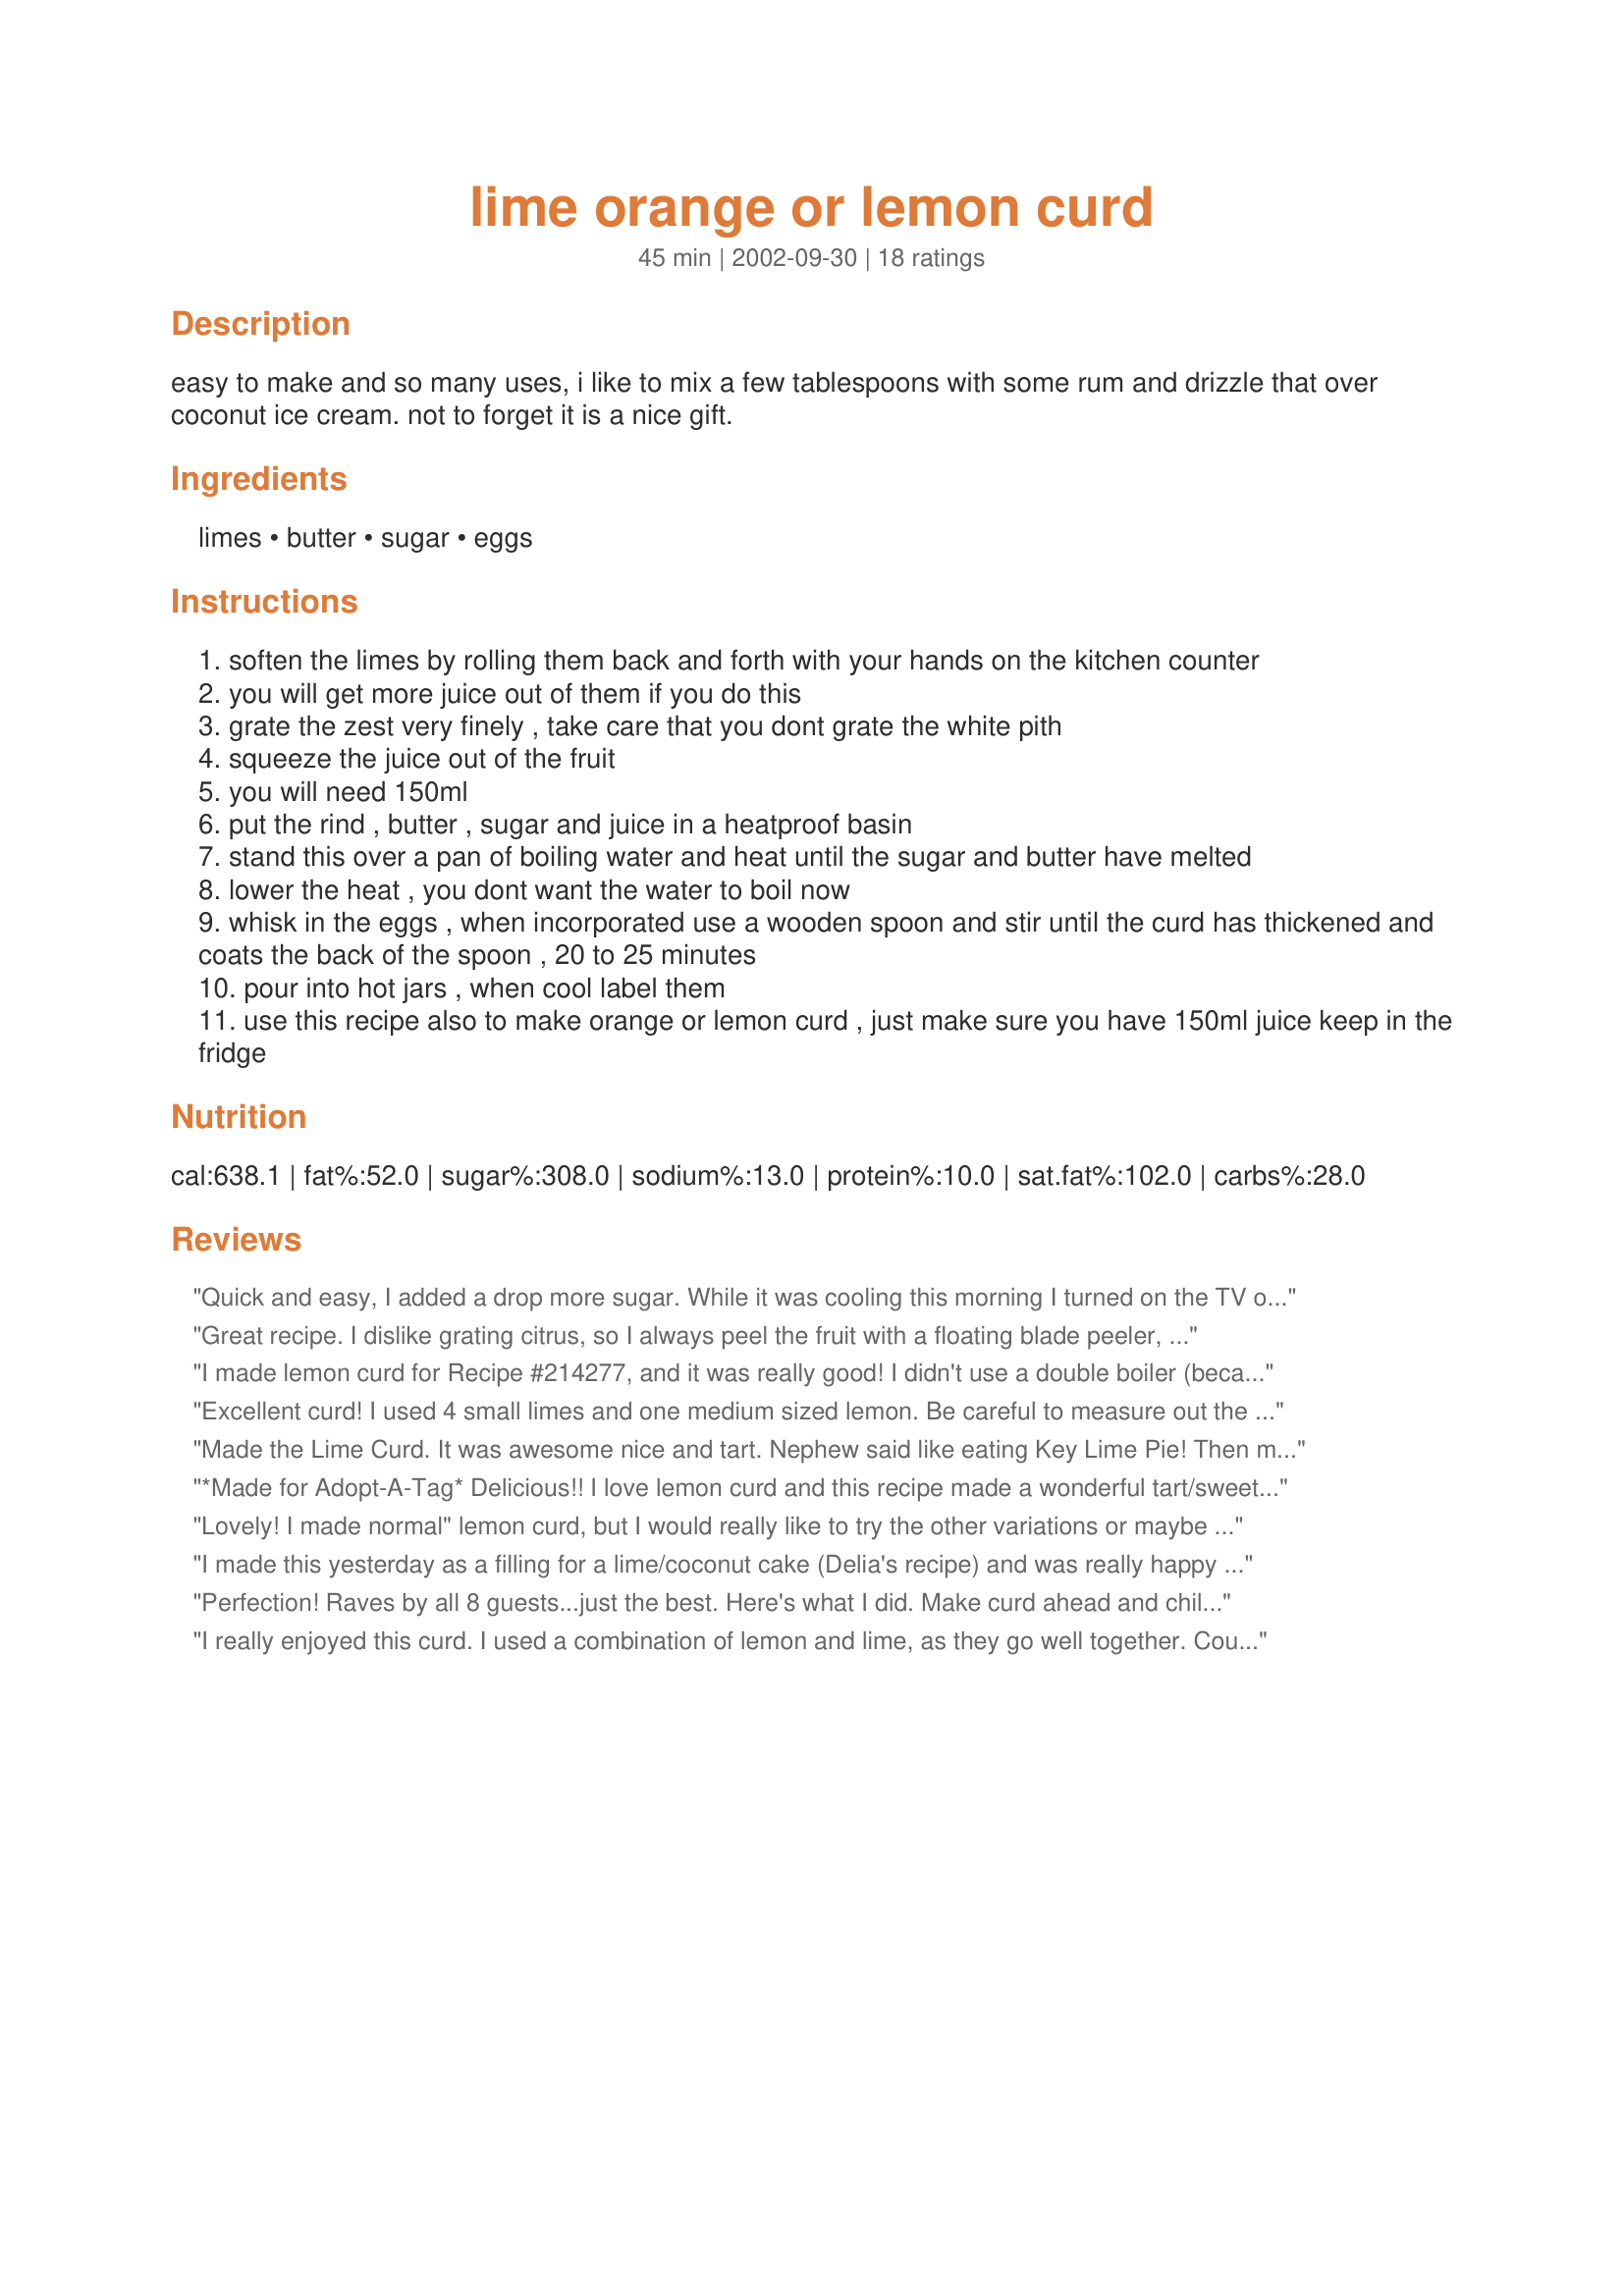
lime orange or lemon curd
Preparation time: 45 minutes

easy to make and so many uses, i like to mix a few tablespoons with some rum and drizzle that over coconut ice cream. not to forget it is a nice gift.

Ingredients:
limes, butter, sugar, eggs

Steps:
soften the limes by rolling them back and forth with your hands on the kitchen counter
you will get more juice out of them if you do this
grate the zest very finely , take care that you dont grate the white pith
squeeze the juice out of the fruit
you will need 150ml
put the rind , butter , sugar and juice in a heatproof basin
stand this over a pan of boiling water and heat until the sugar and butter have melted
lower the heat , you dont want the water to boil now
whisk in the eggs , when incorporated use a wooden spoon and stir until the curd has thickened and coats the back of the spoon , 20 to 25 minutes
pour into hot jars , when cool label them
use this recipe also to make orange or lemon curd , just make sure you have 150ml juice keep in the fridge

Reviews:
Quick and easy, I added a drop more sugar. While it was cooling this morning I turned on the TV only to see Ina Garden making a "Lime curd tart", now I know what to do with my "extras".
Great recipe. I dislike grating citrus, so I always peel the fruit with a floating blade peeler, add the peel and required sugar to the food processor and process until the peel is finely chopped.Then make curd as usual. A generous quantity of Curd sandwiched between two layers of sweet shortcake dough and baked makes a delicious dessert.
I made lemon curd for Recipe #214277, and it was really good! I didn't use a double boiler (because I missed that until it was too late) and it was still smooth.
Excellent curd! I used 4 small limes and one medium sized lemon. Be careful to measure out the juice to just 150 ml as I had extra juice leftover. I cooked mine the full 25 minutes and found it set up just fine. It has a lovely color and the bits of zest floating in the curd make it glisten. It is really quite attractive and tastes as good as it looks.
Made the Lime Curd. It was awesome nice and tart. Nephew said like eating Key Lime Pie! Then made the lemon loved it. Like Lemon pie! Easy to make. Just follow the directions.
*Made for Adopt-A-Tag*

Delicious!! I love lemon curd and this recipe made a wonderful tart/sweet curd. I used "unsalted" butter and whisked some of the hot lemon mixture into the eggs, then I whisked the egg mixture into the lemon mixture. This produced a smooth lemon curd with minimal bits of cooked egg. I can't wait to try this with other citrus fruits. Thank you for sharing this wonderful recipe...it is definitely a keeper!!
Lovely! I made normal" lemon curd, but I would really like to try the other variations or maybe grapefruit curd or blood orange curd or tangarine curd... or even just a citrus curd with a blend of different fruits! This recipe is so easy and turns out so delicious and lovely. I made a half recipe using 75mL juice from organic lemons and the zest of 2 lemons (I dropped a bit, so we added a tiny bit of organic valencia orange zest as well). Sweet-tart and a glistening rich gold color. Very good balance of the flavors. This is rich and intensely flavored- you don't need much, but you will want to eat it on everything. I, like Heather, had no problem with this setting up- you do have to cook for the full amount of time, though. I actually used turbanado (unbleached) sugar, so mine is even more golden, but it is so beautiful with a taste to match! Thanks for the wonderful recipe, Annelies- I can't wait to try it again!
I made this yesterday as a filling for a lime/coconut cake (Delia's recipe) and was really happy with the results. It was lovely and rich with lots of fresh lime flavour! I could just eat it by the spoonful and in fact had great fun scraping out the pot and licking the spoon after. Great directions, very easy to follow and the result is the perfect lime curd, full of delicious lime flavour! Thanks for a great recipe!
Perfection! Raves by all 8 guests...just the best. Here's what I did. Make curd ahead and chill. Whip 2 c. heavy cream with pinch salt until stiff. Fold in half the curd. Now, lay thin slice any yellow or white cake on dish, add 2 Tbsp pure curd, top with generous dollop of cream, decorate with fresh berries and sprig of mint. I used blackberries.
I really enjoyed this curd. I used a combination of lemon and lime, as they go well together. Couldn't find any coconut ice cream, but it did go well over butterscotch ice cream.
I made the lime curd, I used it as the filling instead of lemon curd for a meringue roulade with cream, it goes well with the sweetness of meringue.
This really is a simple recipe and the result was outstanding.
This was easy and delicious. I strained the mixture immediately after adding the eggs, it was silky smooth and had a great clean lime taste.
I made the lemon curd variety.
It has the 'right' amount of sweet and the 'right' amount of tart for me.
I did find it didnt thicken up as much as other lemon curd recipes Ive tried, but still an easy tasty recipe.
Thanks for posting.

I made a lovely lime curd from this recipe. It was, as others have noted, easy and the perfect flavor. I used it as a mix in to a homemade french vanilla ice cream. It was a yummy, tart, summertime treat!
Awesome recipe! Super easy and tastes great. This is my "friends and neighbors" christmas present this year. Plan to make several batches this week. I'm planning to try the orange, so will edit with quantities, since no one else seems to have tried it yet.

ETA: Zest from three oranges and juice from about two and a half seem to do the trick! I tried decreasing the sugar on the orange curd, but it's not a good idea-- didn't set up correctly. Lime tastes awesome, too!!
Very easy and quite tasty. I tried the lime flavor since I had some limes in my fridge that needed to be used up. I cooled and chilled it, then folded some of the curd into some whipped topping and served it with shortbread cookies. It was delicious. I was eating spoonfuls of it by itself. I added the lime zest while it was cooking because I couldn't see wasting all that flavor from the zest, but I'm sure it would be great without it if you wanted to use the bottled juice. I will try this recipe for my lemon curd too. I love the fact that it uses whole eggs instead of just the yolks. Try this recipe, I'm sure it will be a hit!
I haven't made it yet hence the low rating. I signed in to ask *Herbofgrace a question. Since you're the only one who has made the Orange curd, I would like to know if the flavor profile was truly there? I just made a batch of Orange curd from another recipe yesterday and although that one called for the use of TWO different oranges (navel and tangelos) as well as to reduce the juice, the use of a small amount of lemon juice for acidity and of course the Orange zest, that batch didn't taste anything like orange!! I had no problem with it setting up, no curdling, etc but the flavor was just not there. To us, me and hubs, it tasted like a very light flavored lemon curd. Still tasty but not usable for what I had planned to use it on. If you can answer my question soon, or anyone else who has made the Orange curd since her review, I'd really appreciate it.... thanks in advance
